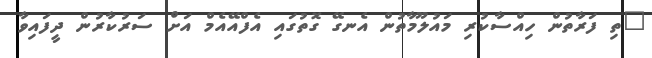
"ތި ފަރާތުން ހިއްސާކުރި މައުލޫމާތުން އެނގޭ ގޮތުގައި އެފްއޭއެމް އަށް ސަރުކާރުން ދީފައިވާ